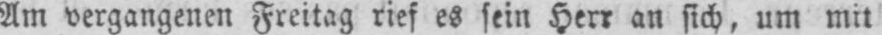
Am vergangenen Freitag rief es sein Herr an sich, um mit